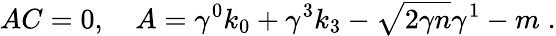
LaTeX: AC=0,\quad A=\gamma^{0}k_{0}+\gamma^{3}k_{3}-\sqrt{2\gamma n}\gamma^{1}-m\; .